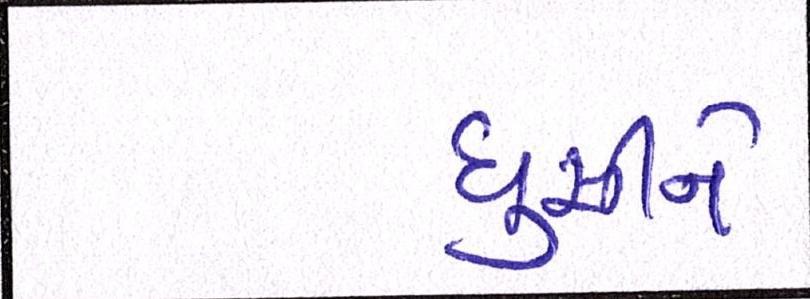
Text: ઘુસીને